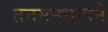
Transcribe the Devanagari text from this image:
तनमनधनाने